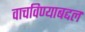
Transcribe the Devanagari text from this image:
वाचविण्याबद्दल